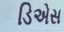
ડિએસ